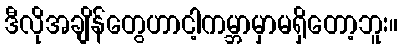
ဒီလိုအချိန်တွေဟာငါ့ကမ္ဘာမှာမရှိတော့ဘူး။